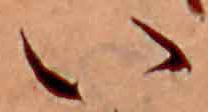
い